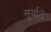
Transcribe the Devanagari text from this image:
सूर्याते